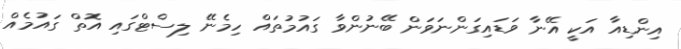
އިންޑިއާ އަކީ އޭނާ ވަޑައިގަންނަވަން ބޭނުންވާ ގައުމުތައް ހިމެނޭ ލިސްޓްގައި އޮތް ގަައުމެއް